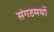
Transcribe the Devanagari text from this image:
संगठमयों